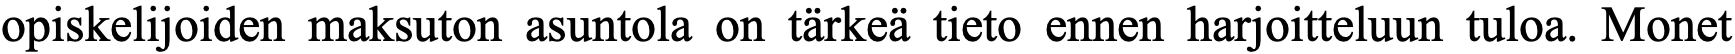
opiskelijoiden maksuton asuntola on tärkeä tieto ennen harjoitteluun tuloa. Monet